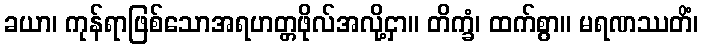
ခယာ၊ ကုန်ရာဖြစ်သောအရဟတ္တဖိုလ်အလို့ငှာ။ တိက္ခံ၊ ထက်စွာ။ မရဏဿတိံ၊